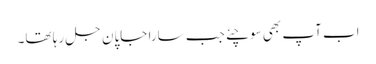
اب آپ بھی سوچئے جب سارا جاپان جل رہا تھا۔